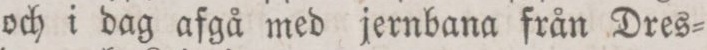
och i dag afgå med jernbana från Dres=